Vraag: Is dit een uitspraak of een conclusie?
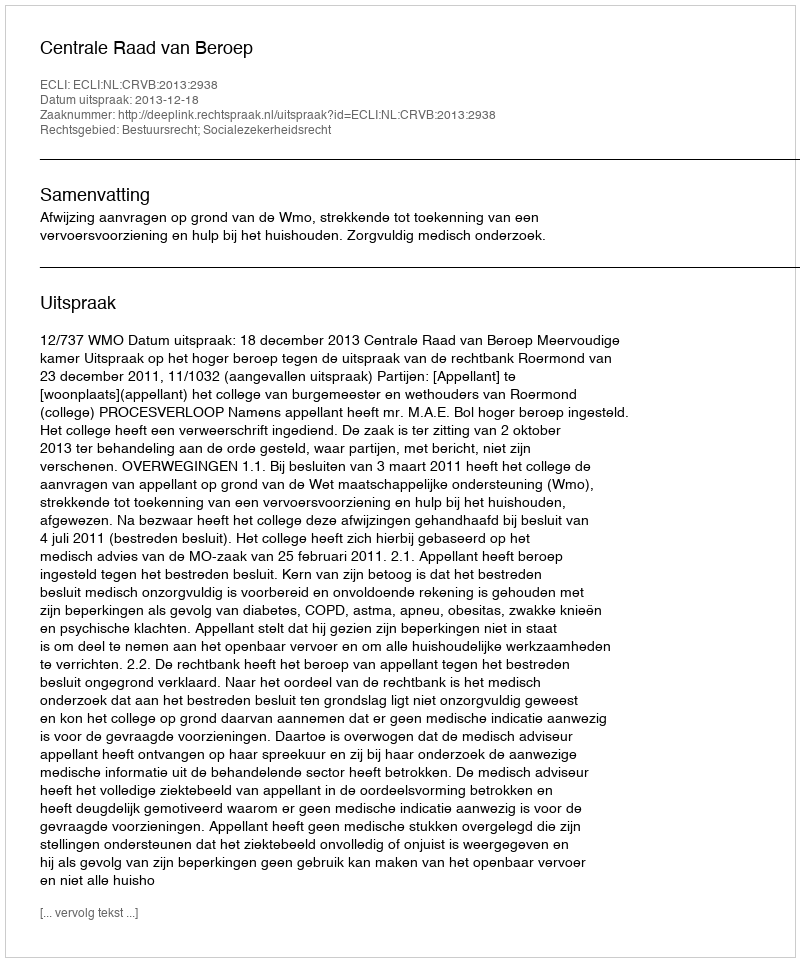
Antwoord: Uitspraak